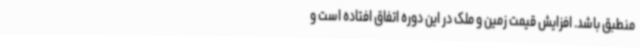
منطبق باشد. افزایش قیمت زمین و ملک در این دوره اتفاق افتاده است و